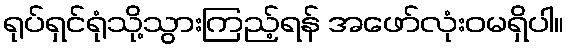
ရုပ်ရှင်ရုံသို့သွားကြည့်ရန် အဖော်လုံးဝမရှိပါ။